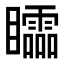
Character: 𥌼